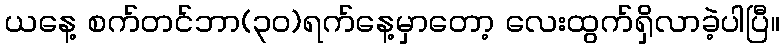
ယနေ့ စက်တင်ဘာ(၃၀)ရက်နေ့မှာတော့ လေးထွက်ရှိလာခဲ့ပါပြီ။